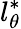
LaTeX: l_{\theta}^{*}